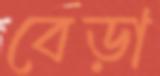
বেড়া